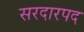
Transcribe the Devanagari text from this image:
सरदारपद